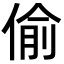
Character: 偷